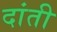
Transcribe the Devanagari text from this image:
दांती